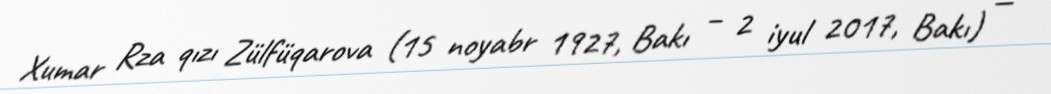
Xumar Rza qızı Zülfüqarova (15 noyabr 1927, Bakı – 2 iyul 2017, Bakı) —